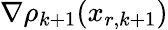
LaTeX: \nabla\rho_{k+1}(x_{r,k+1})